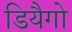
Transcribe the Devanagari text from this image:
डियैगो